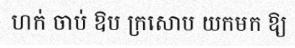
ហក់ ចាប់ ឱប ក្រសោប យកមក ឱ្យ